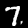
Digit: 7